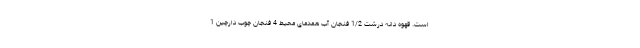
است. قهوه دانه درشت 1/2 فنجان آب همدمای محیط 4 فنجان چوب دارچین 1